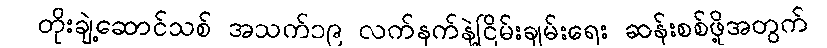
တိုးချဲ့ဆောင်သစ် အသက်၁၉ လက်နက်နဲ့ငြိမ်းချမ်းရေး ဆန်းစစ်ဖို့အတွက်